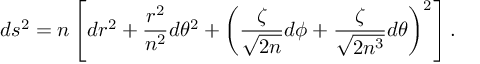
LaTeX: d s ^ { 2 } = n \left[ d r ^ { 2 } + \frac { r ^ { 2 } } { n ^ { 2 } } d \theta ^ { 2 } + \left( \frac \zeta { \sqrt { 2 n } } d \phi + \frac \zeta { \sqrt { 2 n ^ { 3 } } } d \theta \right) ^ { 2 } \right] .